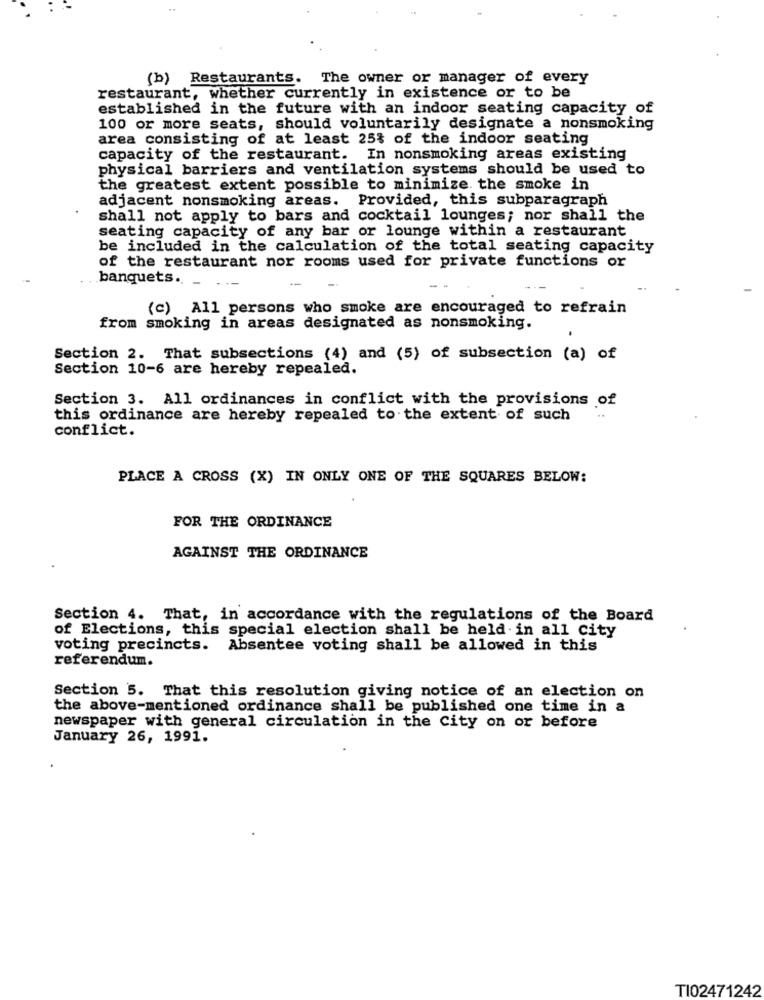
(b) Restaurants. The owner or manager of every
restaurant, whether currently in existence or to be
established in the future with an indoor seating capacity of
100 or more seats, should voluntarily designate a nonsmoking
area consisting of at least 25% of the indoor seating
capacity of the restaurant. In nonsmoking areas existing
physical barriers and ventilation systems should be used to
the greatest extent possible to minimize the smoke in
adjacent nonsmoking areas. Provided, this subparagraph
shall not apply to bars and cocktail lounges; nor shall the
seating capacity of any bar or lounge within a restaurant
be included in the calculation of the total seating capacity
of the restaurant nor rooms used for private functions or
banquets. . . .
(c) All persons who smoke are encouraged to refrain
from smoking in areas designated as nonsmoking.
Section 2. That subsections (4) and (5) of subsection (a) of
Section 10-6 are hereby repealed.
Section 3. All ordinances in conflict with the provisions of
this ordinance are hereby repealed to the extent of such
conflict.
PLACE A CROSS (X) IN ONLY ONE OF THE SQUARES BELOW:
FOR THE ORDINANCE
AGAINST THE ORDINANCE
Section 4. That, in accordance with the regulations of the Board
of Elections, this special election shall be held in all city
voting precincts. Absentee voting shall be allowed in this
referendum.
Section 5. That this resolution giving notice of an election on
the above-mentioned ordinance shall be published one time in a
newspaper with general circulation in the City on or before
January 26, 1991.
TI02471242